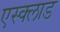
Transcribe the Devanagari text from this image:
एस्क्लाड